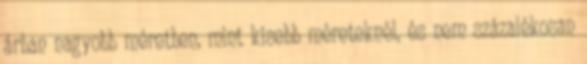
árban nagyobb méretben, mint kisebb méreteknél, és nem százalékosan